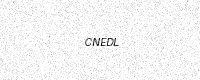
Text: CNEDL